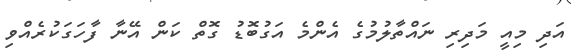
އަދި މިއީ މަދިރި ނައްތާލުމުގެ އެންމެ އަގުބޮޑު ގޮތް ކަން އޭނާ ފާހަގަކުރެއްވި